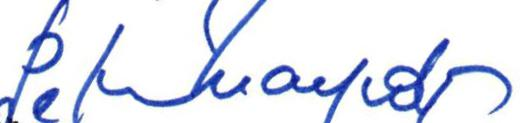
Peter Marriott